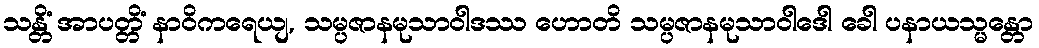
သန္တိံ အာပတ္တိံ နာဝိကရေယျ, သမ္ပဇာနမုသာဝါဒဿ ဟောတိ သမ္ပဇာနမုသာဝါဒေါ ခေါ ပနာယသ္မန္တော